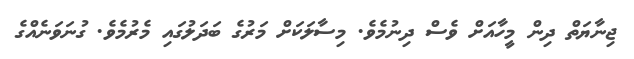
ޖިނާޔަތް ދިން މީހާއަށް ވެސް ދިނުމެވެ. މިސާލަކަށް މަރުގެ ބަދަލުގައި މެރުމެވެ. ގުނަވަނެއްގެ